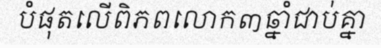
បំផុតលើពិភពលោក៣ឆ្នាំជាប់គ្នា